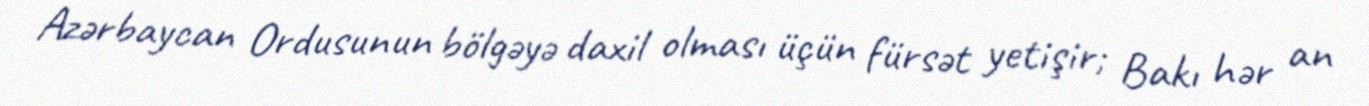
Azərbaycan Ordusunun bölgəyə daxil olması üçün fürsət yetişir; Bakı hər an